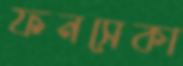
ফনসেকা